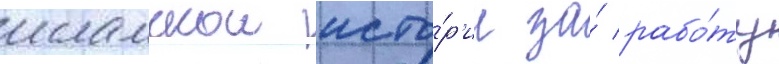
исламскои исто́р'ии за́ рабо́ту